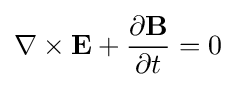
\nabla \times \mathbf {E} +{\frac {\partial \mathbf {B} }{\partial t}}=0